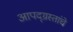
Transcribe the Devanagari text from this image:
आपद्ग्रस्तांचे